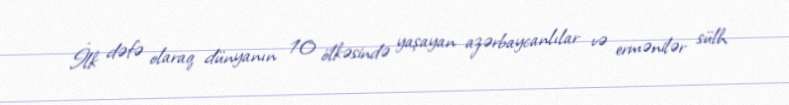
İlk dəfə olaraq dünyanın 10 ölkəsində yaşayan azərbaycanlılar və ermənilər sülh